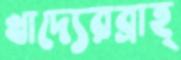
খাদ্যেরব্রাহ্